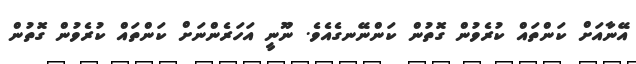
އޭނާއަށް ކަންތައް ކުރެވުން ގޮތުން ކަންނޭނގެއެވެ. ނޫނީ އަހަރެންނަށް ކަންތައް ކުރެވުން ގޮތުން